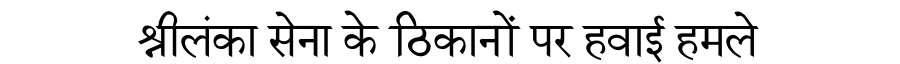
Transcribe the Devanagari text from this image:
श्रीलंका सेना के ठिकानों पर हवाई हमले